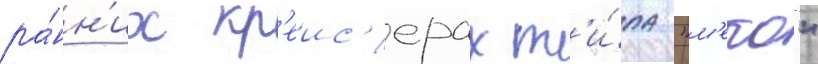
ра́нн'их кр'еис'ерах т'и́па "м'еко"